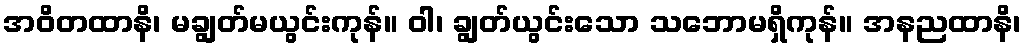
အဝိတထာနိ၊ မချွတ်မယွင်းကုန်။ ဝါ၊ ချွတ်ယွင်းသော သဘောမရှိကုန်။ အနညထာနိ၊